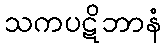
သကပဋိဘာနံ